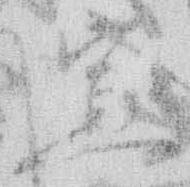
宣